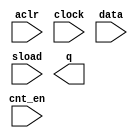
module counterlpm (
	aclr,
	clock,
	cnt_en,
	data,
	sload,
	q);

	input	  aclr;
	input	  clock;
	input	  cnt_en;
	input	[8:0]  data;
	input	  sload;
	output	[8:0]  q;

endmodule